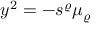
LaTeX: y ^ { 2 } = - s ^ { \varrho } \mu _ { \varrho } \, \, \/